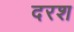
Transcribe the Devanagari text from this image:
दरश